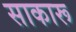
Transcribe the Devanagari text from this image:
साकारू